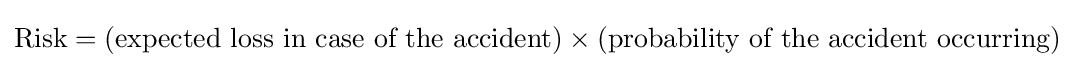
{\text{Risk}}=({\text{expected loss in case of the accident}})\times ({\text{probability of the accident occurring}})